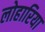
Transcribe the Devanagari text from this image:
लोहारिया